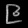
Digit: ၉